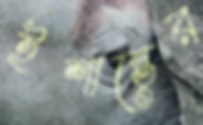
ইশান্তের